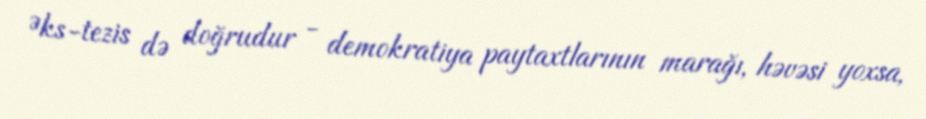
Əks-tezis də doğrudur - demokratiya paytaxtlarının marağı, həvəsi yoxsa,